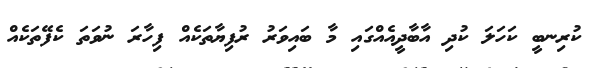
ކުރިނބީ ކަހަލަ ކުދި އާބާދީއެއްގައި މާ ބައިވަރު ރުފިޔާތަކެއް ފިހާރަ ނުވަތަ ކެފޭތަކެއް